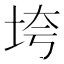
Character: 垮